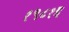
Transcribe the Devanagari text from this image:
१९८१इ